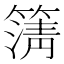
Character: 𮆆